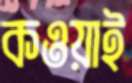
কওয়াই